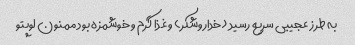
به طرز عجیبی سریع رسید (خداروشکر) و غذا گرم و خوشمزه بود ممنون لوپتو